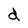
Character: d